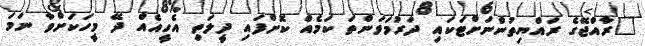
"ރާއްޖޭގެ ރައްޔިތުންނަށްޓަކައި ދަރުމަވަންތަ ކަމެއް ކޮށްފައި ދީލަތި އެހީއެއް ދޭ މީހަކަށްވާ ނަމަ